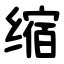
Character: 缩